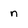
Character: n